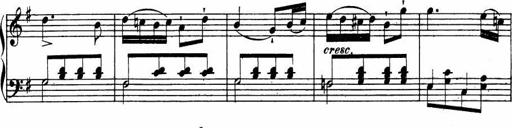
Title: Le bouquetier
Composer: Anton Diabelli
Key: G major
 C major
 F major
 C major